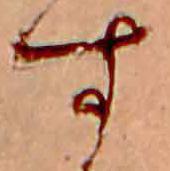
す